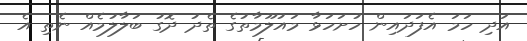
އަދި ހަމަ އެފަދައިން ހުށަހަޅާ މައުލޫމާތުގެ ތެދު ދޮގު ބަލާލުމެއް ނެތި އެ